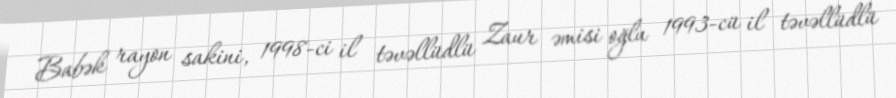
Babək rayon sakini, 1998-ci il təvəllüdlü Zaur əmisi oğlu 1993-cü il təvəllüdlü